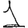
Digit: 1